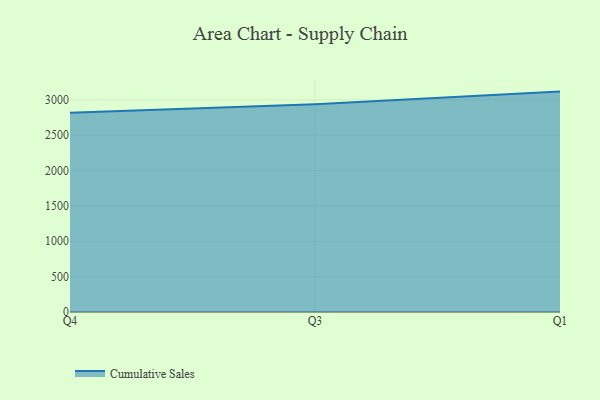
{"axis": {"x": "Quarter", "y": "Humidity (%)"}, "legend": ["Cumulative Sales"], "data": [{"x": "Q4", "y": 2817.1, "type": "Cumulative Sales"}, {"x": "Q3", "y": 2938.6, "type": "Cumulative Sales"}, {"x": "Q1", "y": 3116.6, "type": "Cumulative Sales"}]}